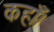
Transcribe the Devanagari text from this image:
कहाँ।